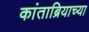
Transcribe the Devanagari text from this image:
कांताब्रियाच्या